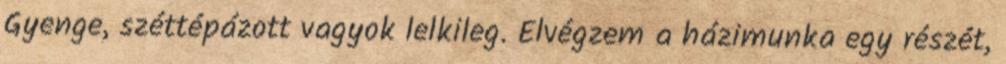
Gyenge, széttépázott vagyok lelkileg. Elvégzem a házimunka egy részét,